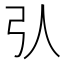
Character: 𢎢